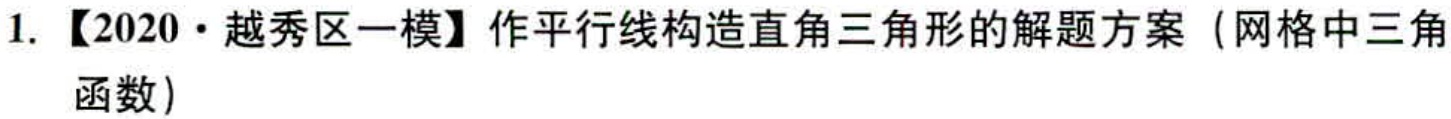
1. 【2020·越秀区一模】作平行线构造直角三角形的解题方案（网格中三角函数）